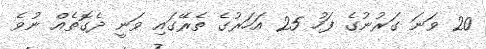
20 ވަނަ ގަރުނުގެ ފަހު 25 އަހަރުގެ ތެރޭގައި ވަނީ ދެގޮތެއް ނުވެ